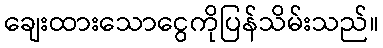
ချေးထားသောငွေကိုပြန်သိမ်းသည်။